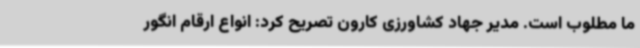
ما مطلوب است. مدیر جهاد کشاورزی کارون تصریح کرد: انواع ارقام انگور